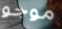
موجو